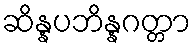
ဆိန္နပဘိန္နဂတ္တာ